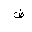
Letter: _dad